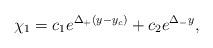
LaTeX: \begin{align*}~\chi_1 = c_1 e^{\Delta_+ (y-y_c)} + c_2 e^{\Delta_- y},\end{align*}